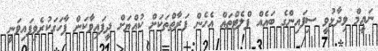
ނައީމް ވިދާޅުވީ ސިފައިންގެ ބައެއް ފްލެޓްތައް އެހެން ފަރާތްތަކަށް ކުއްޔަށް ދީފައިވާކަން ފާހަގަކުރެވިފައިވަނީ